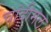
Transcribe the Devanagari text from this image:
चांदीमल